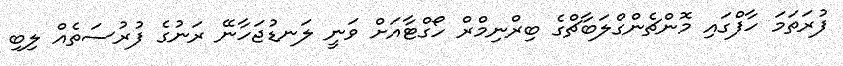
ފުރަތަމަ ހާފްގައި މޮންޗެންގްލަބާޗްގެ ބިރްނިމްރް ހޯގްޓާއަށް ވަނީ ލަނޑުޖަހާނޭ ރަނުގެ ފުރުސަތެއް ލިބި